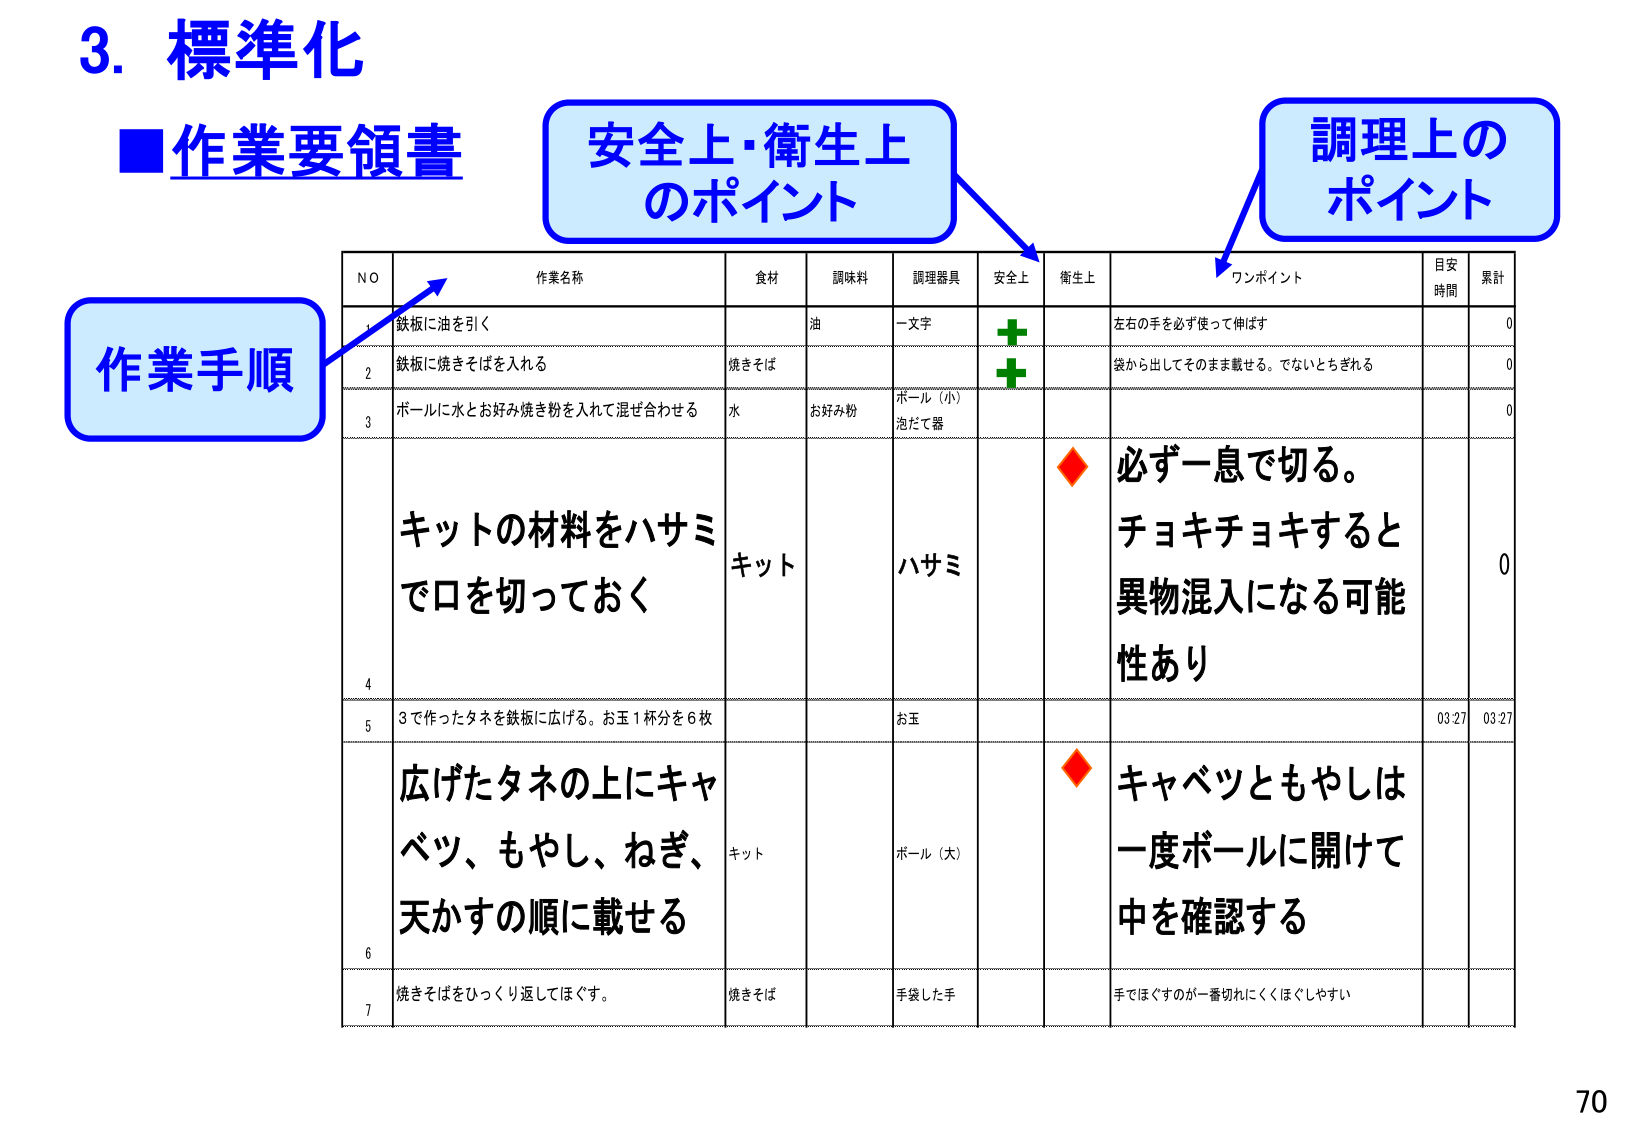
3. 標準化
■作業要領書
作業手順
安全上・衛生上
のポイント
調理上の
ポイント

NO  作業名称  食材  調味料  調理器具  安全上  衛生上  ワンポイント  目安時間  累計
1  鉄板に油を引く  油  一文字  ✅  左右の手を必ず使って伸ばす  0
2  鉄板に焼きそばを入れる  焼きそば  ✅  袋から出してそのまま載せる。でないとちぎれる  0
3  ボールに水とお好み焼き粉を入れて混ぜ合わせる  水  お好み粉  ボール（小）泡だて器  0
  キットの材料をハサミで口を切っておく  キット  ハサミ  ◆  必ず一息で切る。チョキチョキすると異物混入になる可能性あり  0
4
5  3で作ったタネを鉄板に広げる。お玉1杯分を6枚  お玉  03:27  03:27
  広げたタネの上にキャベツ、もやし、ねぎ、天かすの順に載せる  キット  ボール（大）  ◆  キャベツともやしは一度ボールに開けて中を確認する
6
7  焼きそばをひっくり返してほぐす。  焼きそば  手袋した手  手でほぐすのが一番切れにくくほぐしやすい

70